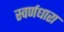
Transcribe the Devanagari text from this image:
स्वर्णधारा